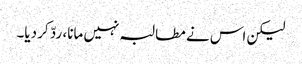
لیکن اس نے مطالبہ نہیں مانا، ردّ کر دیا۔